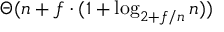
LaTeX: \Theta ( n + f \cdot ( 1 + \log _ { 2 + f / n } n ) )